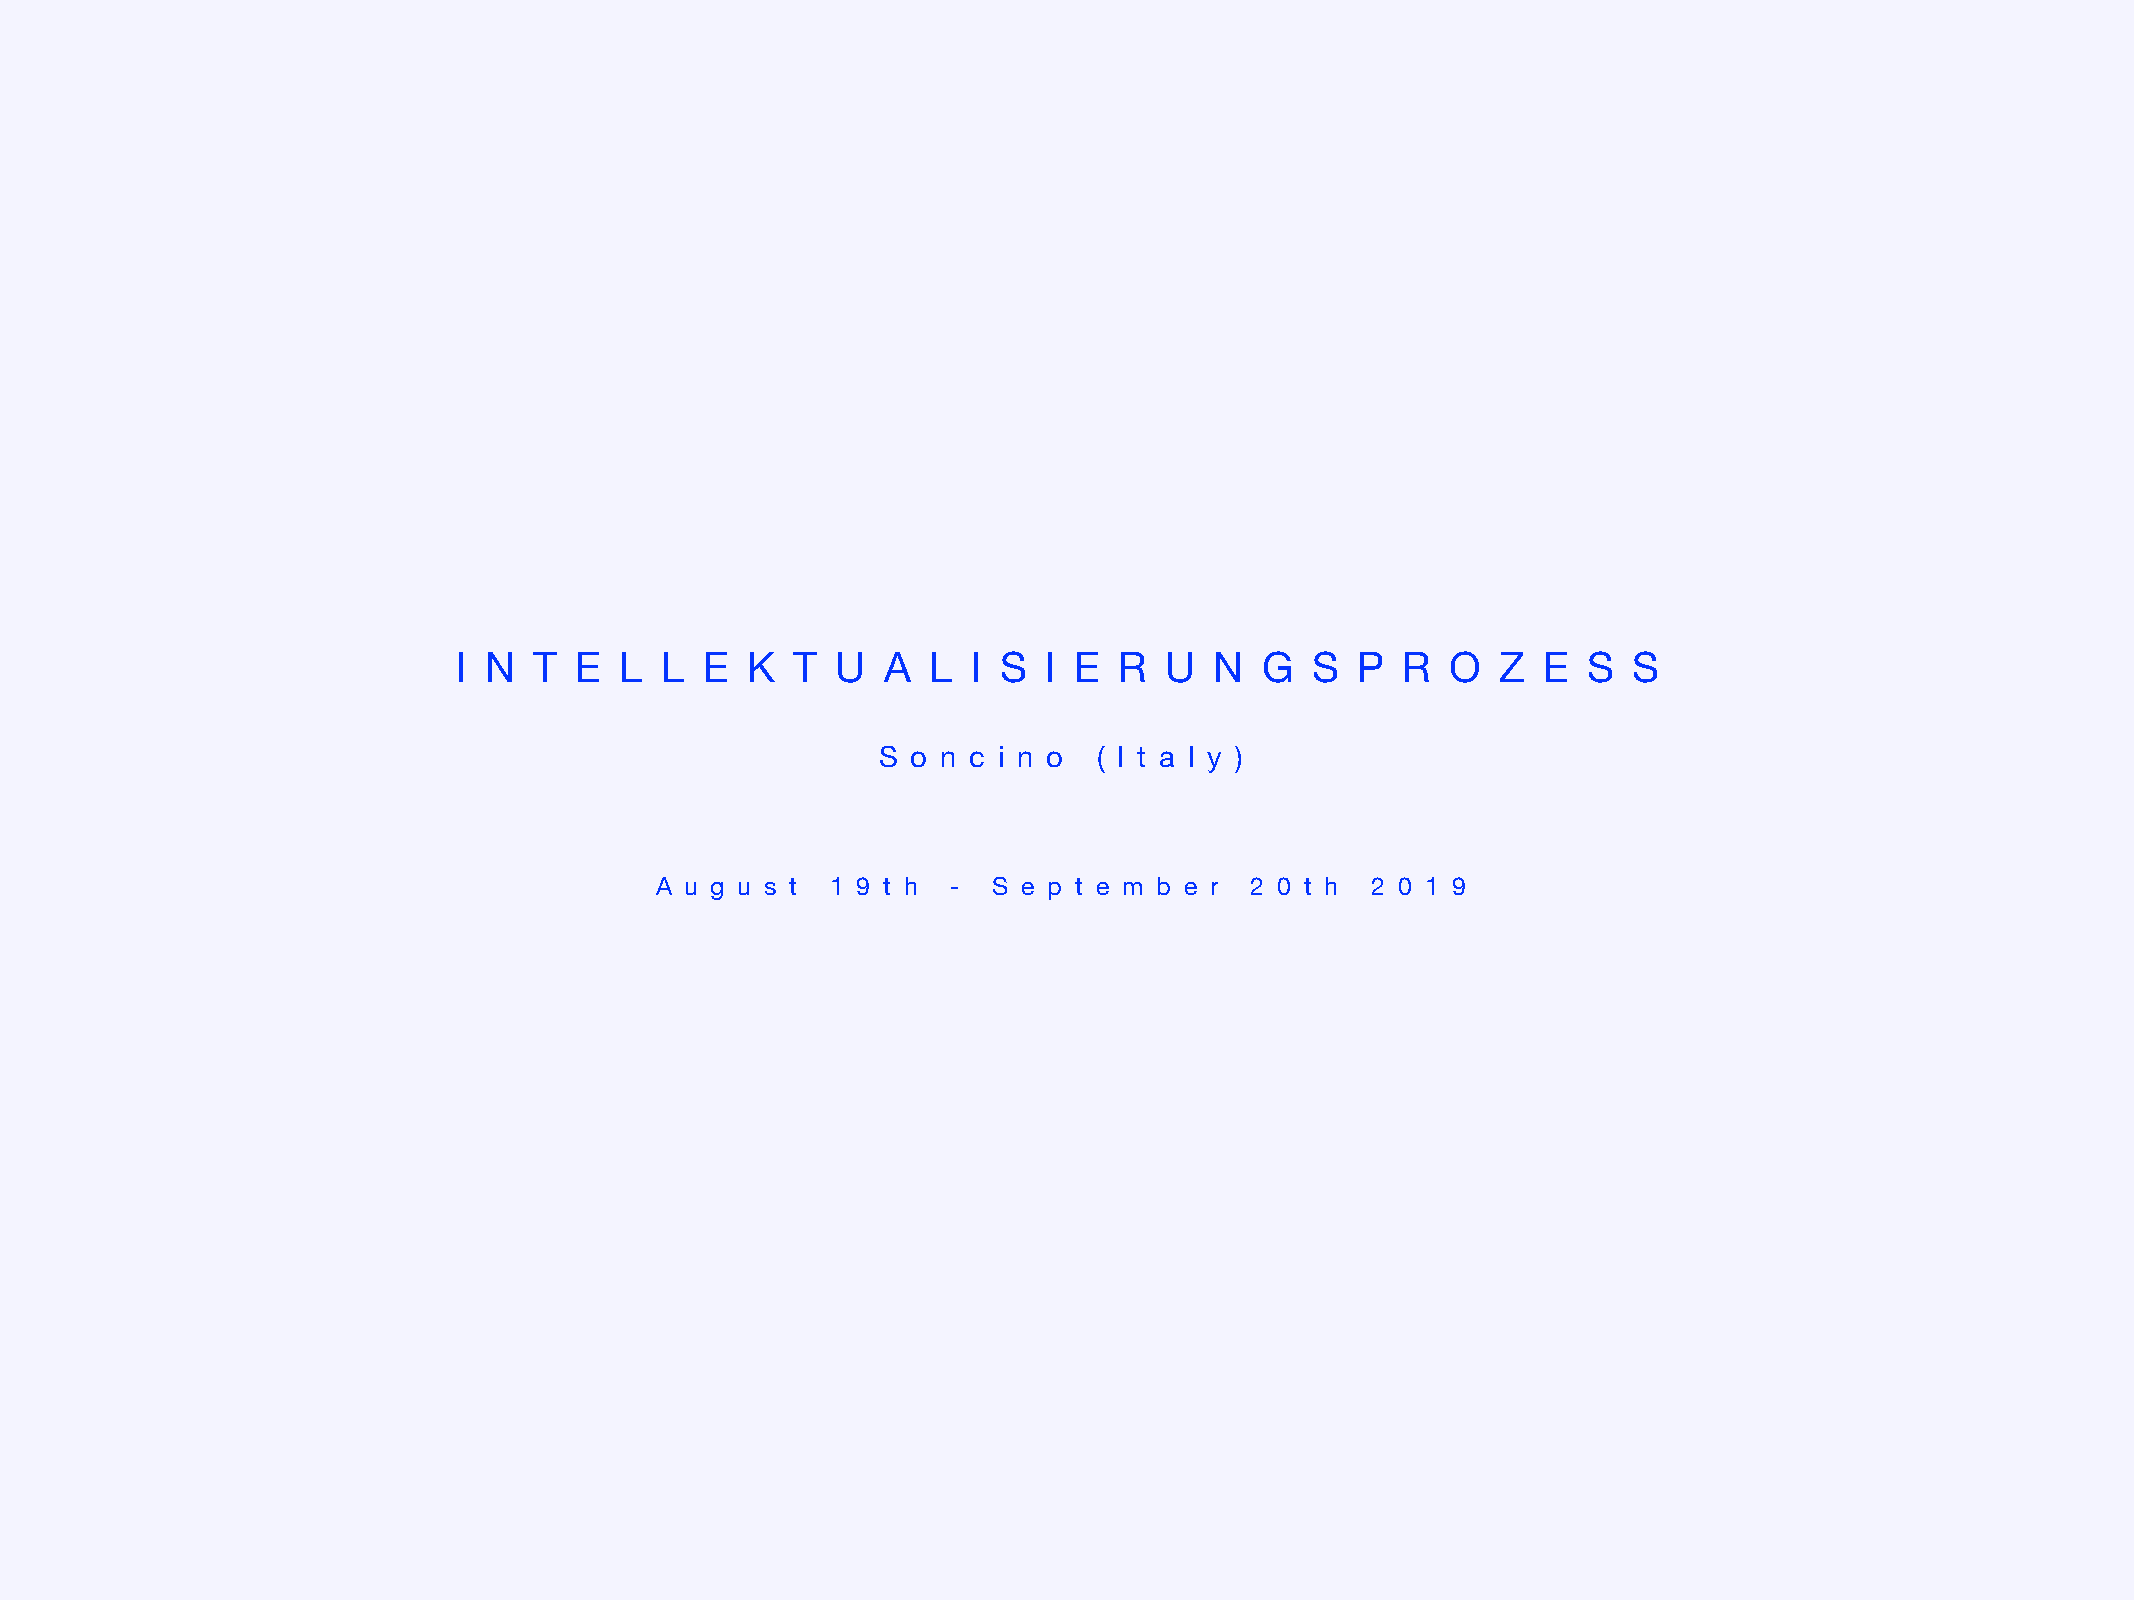
I N  T  E  L  L  E K  T  U  A  L  I S  I E  R  U  N   G  S  P  R  O  Z  E  S  S
 S o n c i n o  ( I t a l y )
 A u g u s t 1 9 t h -  S e p t e m b e r 2 0 t h 2 0 1 9